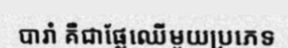
បារាំ គឺជាផ្លែឈើមួយប្រភេទ